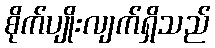
စိုက်ပျိုးလျက်ရှိသည်